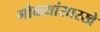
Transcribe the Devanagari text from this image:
गोळ्यांसारखे